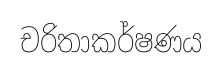
චරිතාකර්ෂණය